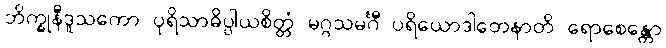
ဘိက္ခုနီဒူသကော ပုရိသာဓိပ္ပါယစိတ္တံ မဂ္ဂသမင်္ဂီ ပရိယောဒါတေနာတိ ရောစေန္တော